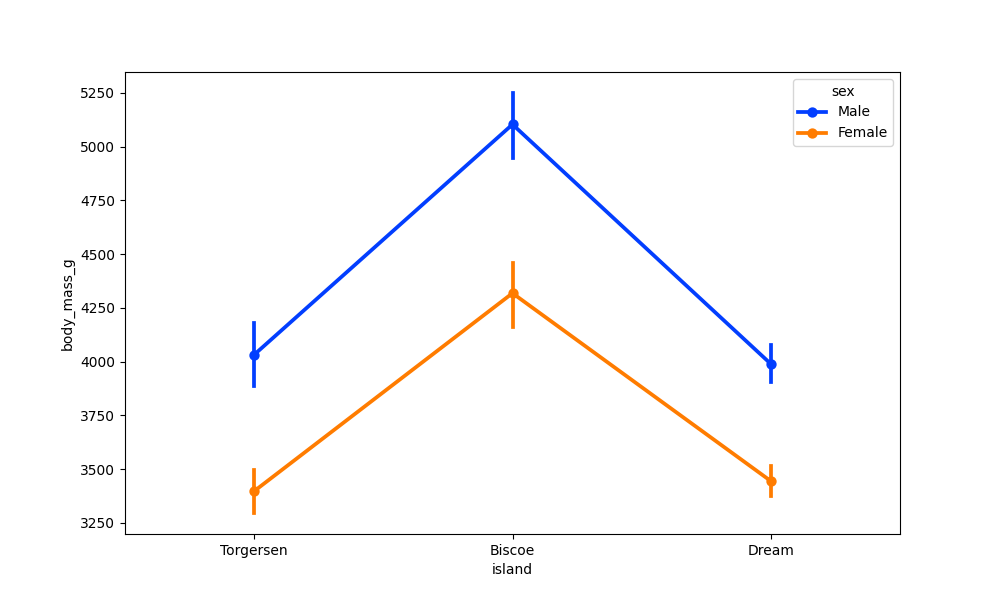
python, seaborn, pointplot, scale=1.0, join=True, hue='sex', palette='bright'